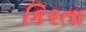
કિરતા